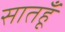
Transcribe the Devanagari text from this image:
सातहूँ